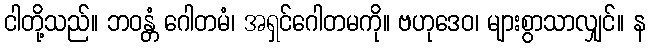
ငါတို့သည်။ ဘဝန္တံ ဂေါတမံ၊ အရှင်ဂေါတမကို။ ဗဟုဒေဝ၊ များစွာသာလျှင်။ န